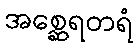
အစ္ဆေရတရံ